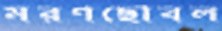
মরণছোবল